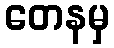
တေနမှ